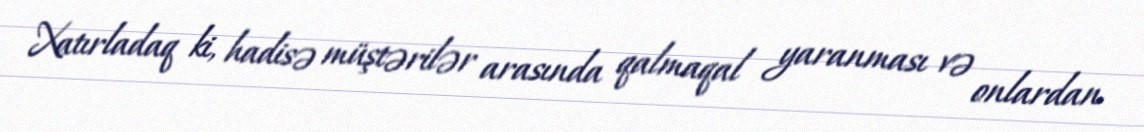
Xatırladaq ki, hadisə müştərilər arasında qalmaqal yaranması və onlardan